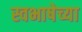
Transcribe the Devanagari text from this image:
स्वभाषेच्या